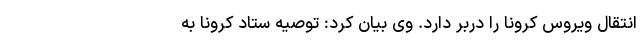
انتقال ویروس کرونا را دربر دارد. وی بیان کرد: توصیه ستاد کرونا به